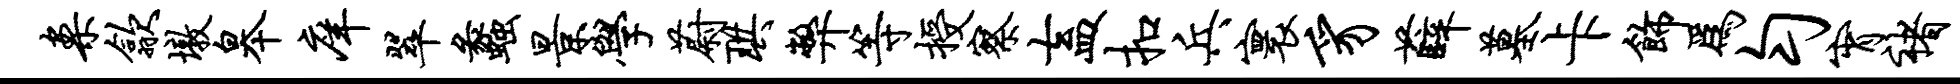
案歙墩皋庠翠蠡景学蔚珙弊等授察盍扣兵寰豸薛墓卡饰为匀宵褚